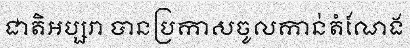
ជាតិអប្សរា បានប្រកាសចូលកាន់តំណែង